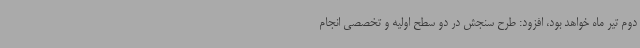
دوم تیر ماه خواهد بود، افزود: طرح سنجش در دو سطح اولیه و تخصصی انجام